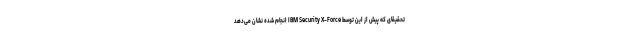
تحقیقای که پیش از این توسط IBM Security X-Force انجام شده نشان ‌می‌دهد